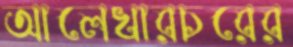
আলেখারচরের